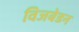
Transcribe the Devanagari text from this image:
विजबेडन